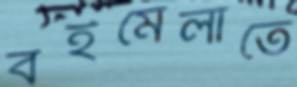
বইমেলাতে